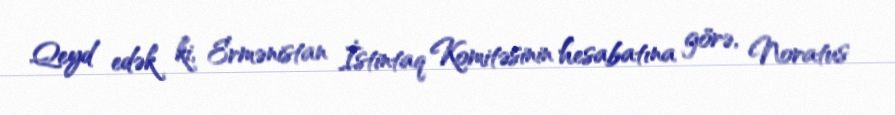
Qeyd edək ki, Ermənistan İstintaq Komitəsinin hesabatına görə, Noratus